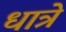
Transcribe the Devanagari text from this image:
धात्रे